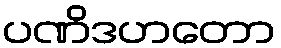
ပဏိဒဟတော